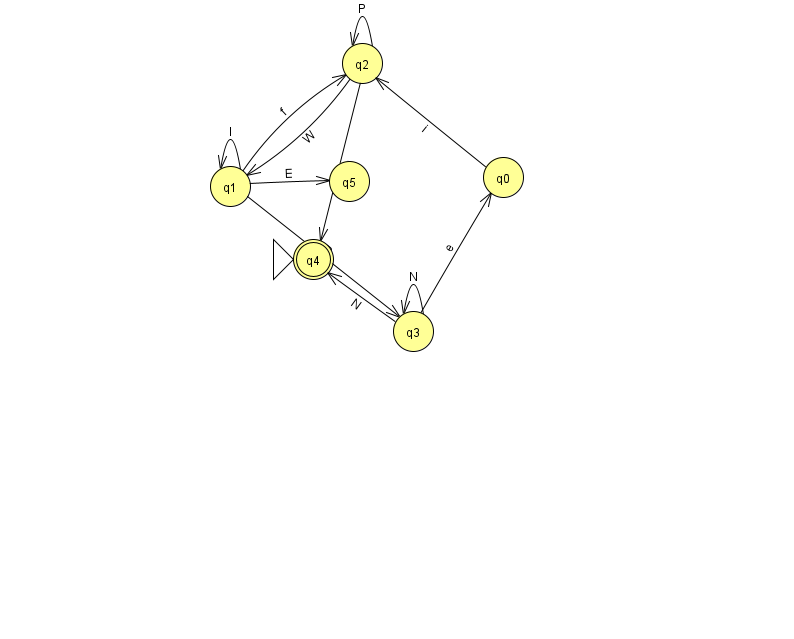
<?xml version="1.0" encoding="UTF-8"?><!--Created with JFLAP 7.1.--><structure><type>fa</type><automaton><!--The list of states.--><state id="0" name="q0"><x>503.0</x><y>164.0</y></state><state id="1" name="q1"><x>230.0</x><y>173.0</y></state><state id="2" name="q2"><x>362.0</x><y>50.0</y></state><state id="3" name="q3"><x>413.0</x><y>318.0</y></state><state id="4" name="q4"><x>313.0</x><y>246.0</y><initial/><final/></state><state id="5" name="q5"><x>349.0</x><y>168.0</y></state><!--The list of transitions.--><transition><from>2</from><to>2</to><read>P</read></transition><transition><from>2</from><to>4</to><read>n</read></transition><transition><from>3</from><to>0</to><read>e</read></transition><transition><from>0</from><to>2</to><read>i</read></transition><transition><from>1</from><to>3</to><read>R</read></transition><transition><from>3</from><to>4</to><read>N</read></transition><transition><from>1</from><to>5</to><read>E</read></transition><transition><from>2</from><to>1</to><read>W</read></transition><transition><from>1</from><to>2</to><read>f</read></transition><transition><from>1</from><to>1</to><read>l</read></transition><transition><from>3</from><to>3</to><read>N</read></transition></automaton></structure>